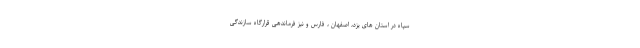
سپاه در استان های یزد، اصفهان ، فارس و نیز فرماندهی قرارگاه سازندگی